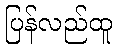
ပြန်လည်ထူ